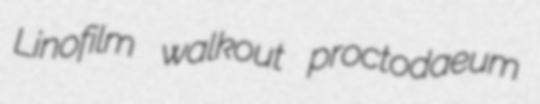
Linofilm walkout proctodaeum